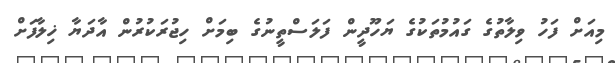
މިއަށް ފަހު ވިލާތުގެ ގައުމުތަކުގެ ޔަހޫދީން ފަލަސްތީނުގެ ބިމަށް ހިޖުރަކުރުން އާދަޔާ ޚިލާފަށް